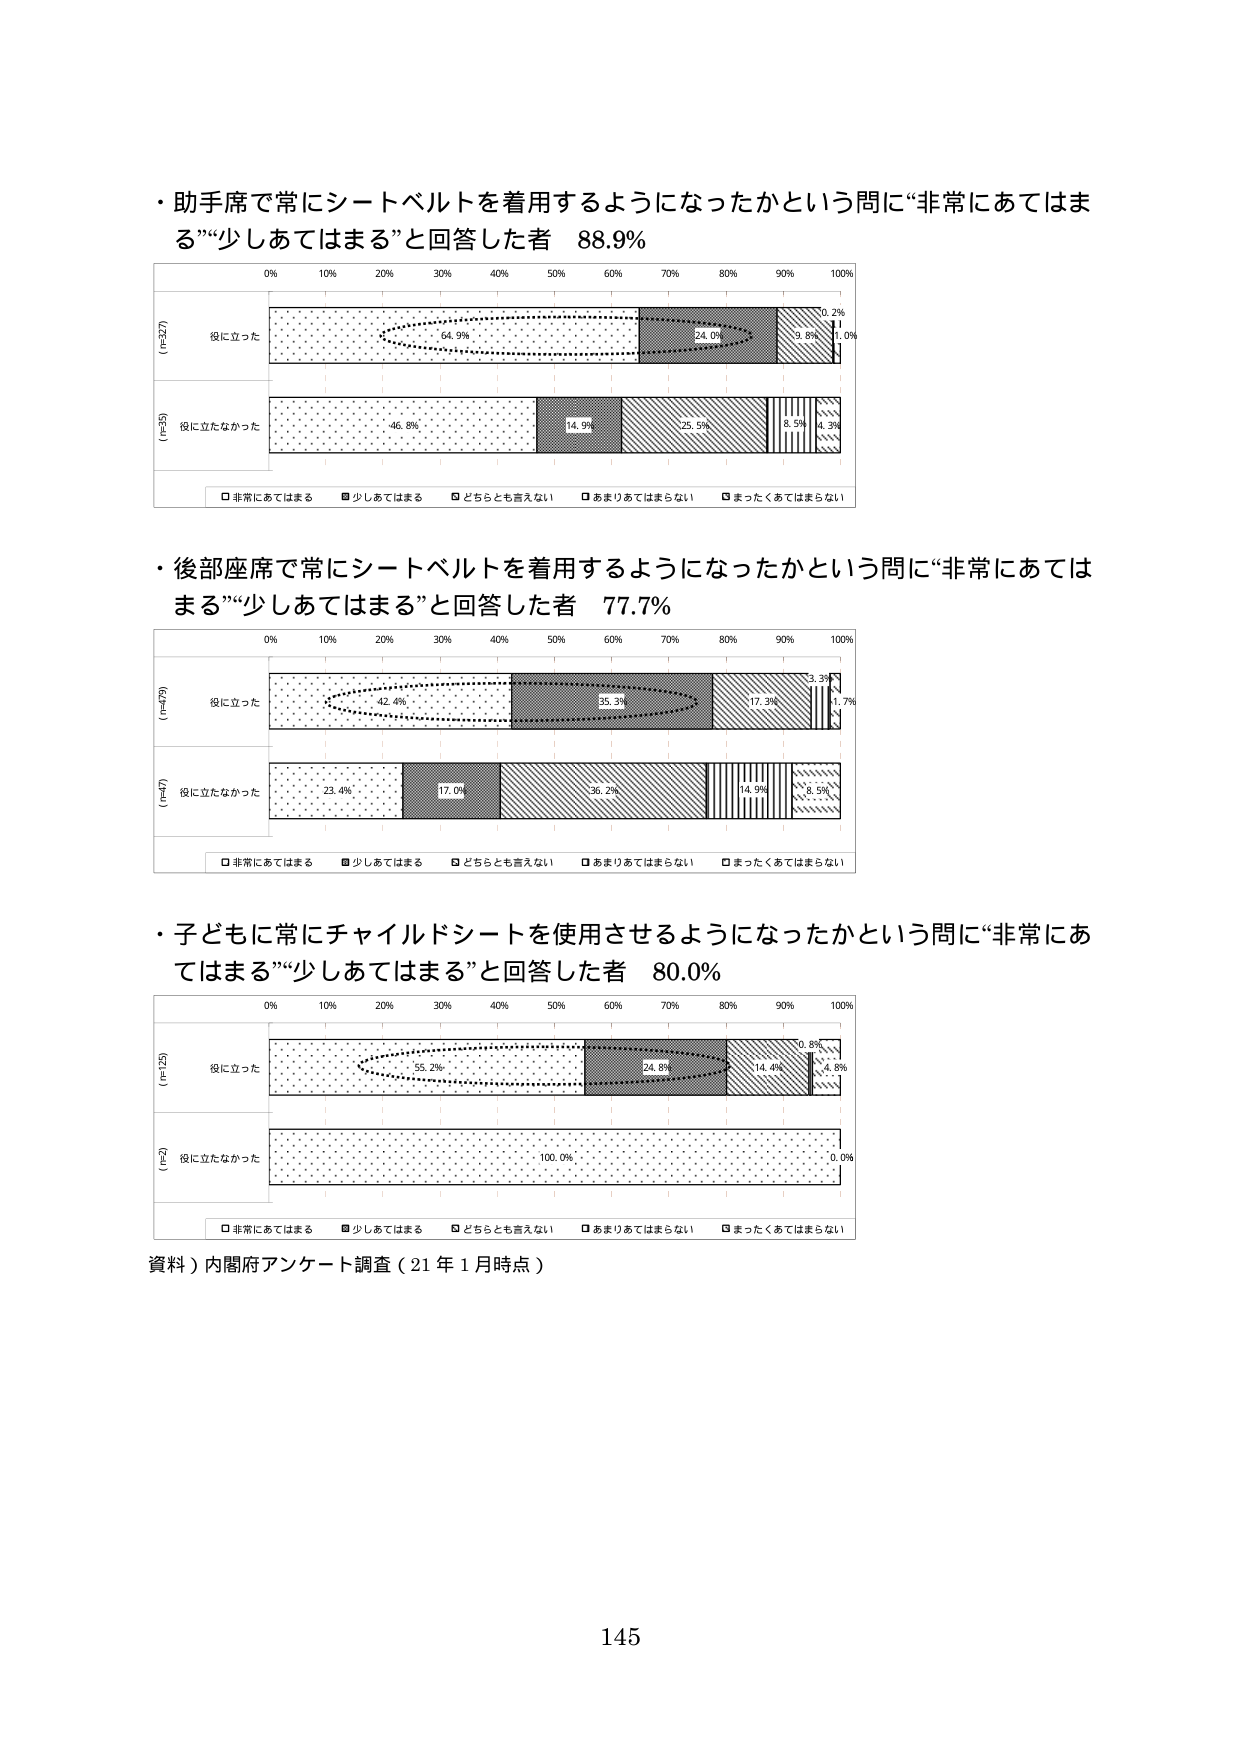
・助手席で常にシートベルトを着用するようになったかという問に“非常にあてはまる”“少しあてはまる”と回答した者 88.9%

0% 10% 20% 30% 40% 50% 60% 70% 80% 90% 100%

(n=327)
役に立った
64.9% 24.0% 3.5% 1.0% 0.2%

(n=55)
役に立たなかった
46.8% 14.9% 25.5% 8.5% 4.3%

□非常にあてはまる ■少しあてはまる □どちらとも言えない □あまりあてはまらない □まったくあてはまらない

・後部座席で常にシートベルトを着用するようになったかという問に“非常にあてはまる”“少しあてはまる”と回答した者 77.7%

0% 10% 20% 30% 40% 50% 60% 70% 80% 90% 100%

(n=79)
役に立った
42.4% 25.3% 17.3% 3.3% 1.7%

(n=7)
役に立たなかった
23.4% 17.0% 36.2% 14.9% 8.5%

□非常にあてはまる ■少しあてはまる □どちらとも言えない □あまりあてはまらない □まったくあてはまらない

・子どもに常にチャイルドシートを使用させるようになったかという問に“非常にあてはまる”“少しあてはまる”と回答した者 80.0%

0% 10% 20% 30% 40% 50% 60% 70% 80% 90% 100%

(n=125)
役に立った
55.2% 24.8% 14.4% 3.8% 0.8%

(n=2)
役に立たなかった
100.0% 0.0%

□非常にあてはまる ■少しあてはまる □どちらとも言えない □あまりあてはまらない □まったくあてはまらない

資料）内閣府アンケート調査（21年1月時点）

145